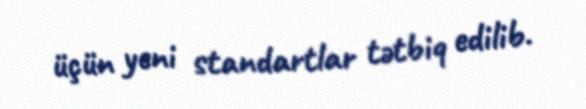
üçün yeni standartlar tətbiq edilib.